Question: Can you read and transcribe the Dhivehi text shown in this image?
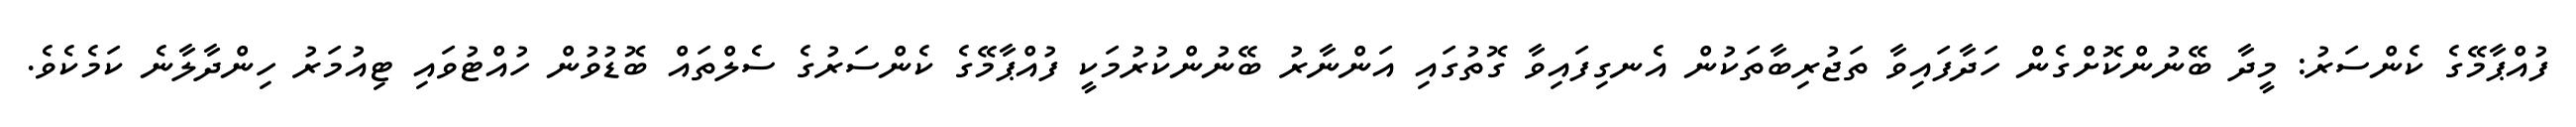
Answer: ފުއްޕާމޭގެ ކެންސަރު: މީދާ ބޭނުންކޮށްގެން ހަދާފައިވާ ތަޖުރިބާތަކުން އެނގިފައިވާ ގޮތުގައި އަންނާރު ބޭނުންކުރުމަކީ ފުއްޕާމޭގެ ކެންސަރުގެ ސެލްތައް ބޮޑުވުން ހުއްޓުވައި ޓިއުމަރު ހިންދާލާނެ ކަމެކެވެ.